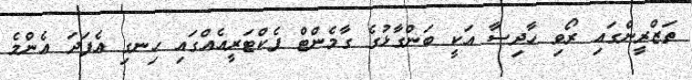
ތަޒްރީންގައި ރޯވި ހާދިސާ އަކީ ބަންގާޅުގެ ގާމެންޓް ފެކްޓަރީއެއްގައި ހިނގި އެފަދަ އެންމެ